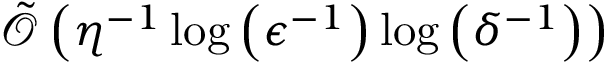
\tilde { \mathcal { O } } \left( \eta ^ { - 1 } \log \left( \epsilon ^ { - 1 } \right) \log \left( \delta ^ { - 1 } \right) \right)